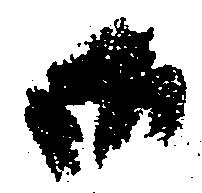
御